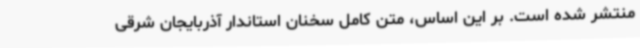
منتشر شده است. بر این اساس، متن کامل سخنان استاندار آذربایجان شرقی